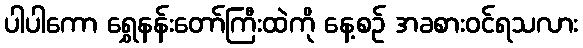
ပါပါကော ရွှေနန်းတော်ကြီးထဲကို နေ့စဉ် အခစားဝင်ရသလား